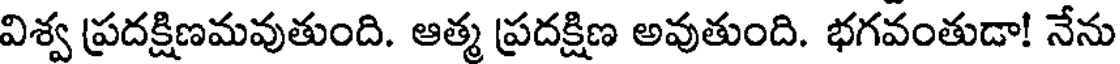
విశ్వ ప్రదక్షిణమవుతుంది. ఆత్మ ప్రదక్షిణ అవుతుంది. భగవంతుడా! నేను